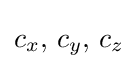
c_{x},\,c_{y},\,c_{z}